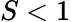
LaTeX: S<1